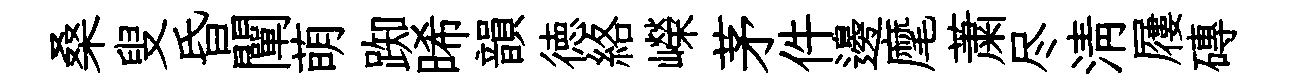
桑叟昏闡萌踟晞韻徳絡嶸茅件邊麾䔥尽清屨磚